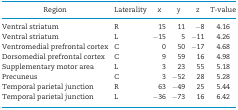
<table><thead><tr><td><b>Region</b></td><td><b>Laterality</b></td><td><b><i>x</i></b></td><td><b><i>y</i></b></td><td><b><i>z</i></b></td><td><b><i>T</i>-value</b></td></tr></thead><tbody><tr><td>Ventral striatum</td><td>R</td><td>15</td><td>11</td><td>−8</td><td>4.16</td></tr><tr><td>Ventral striatum</td><td>L</td><td>−15</td><td>5</td><td>−11</td><td>4.26</td></tr><tr><td>Ventromedial prefrontal cortex</td><td>C</td><td>0</td><td>50</td><td>−17</td><td>4.68</td></tr><tr><td>Dorsomedial prefrontal cortex</td><td>C</td><td>9</td><td>59</td><td>16</td><td>4.98</td></tr><tr><td>Supplementary motor area</td><td>L</td><td>3</td><td>23</td><td>55</td><td>5.18</td></tr><tr><td>Precuneus</td><td>C</td><td>3</td><td>−52</td><td>28</td><td>5.28</td></tr><tr><td>Temporal parietal junction</td><td>R</td><td>63</td><td>−49</td><td>25</td><td>5.44</td></tr><tr><td>Temporal parietal junction</td><td>L</td><td>−36</td><td>−73</td><td>16</td><td>6.42</td></tr></tbody></table>